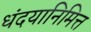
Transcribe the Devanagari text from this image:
धंदयानिमित्त्‍ा